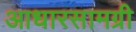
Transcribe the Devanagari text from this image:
आधारसामग्री